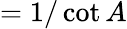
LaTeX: ={1/\cot A}